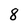
Character: 8